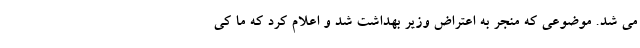
می شد. موضوعی که منجر به اعتراض وزیر بهداشت شد و اعلام کرد که ما کی